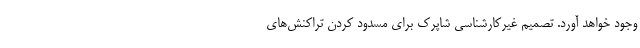
وجود خواهد آورد. تصمیم غیرکارشناسی شاپرک برای مسدود کردن تراکنش‌های